Account of plague administration in the Bombay Presidency from September 1896 till May 1897
Year: 1896
Disease focus: Plague
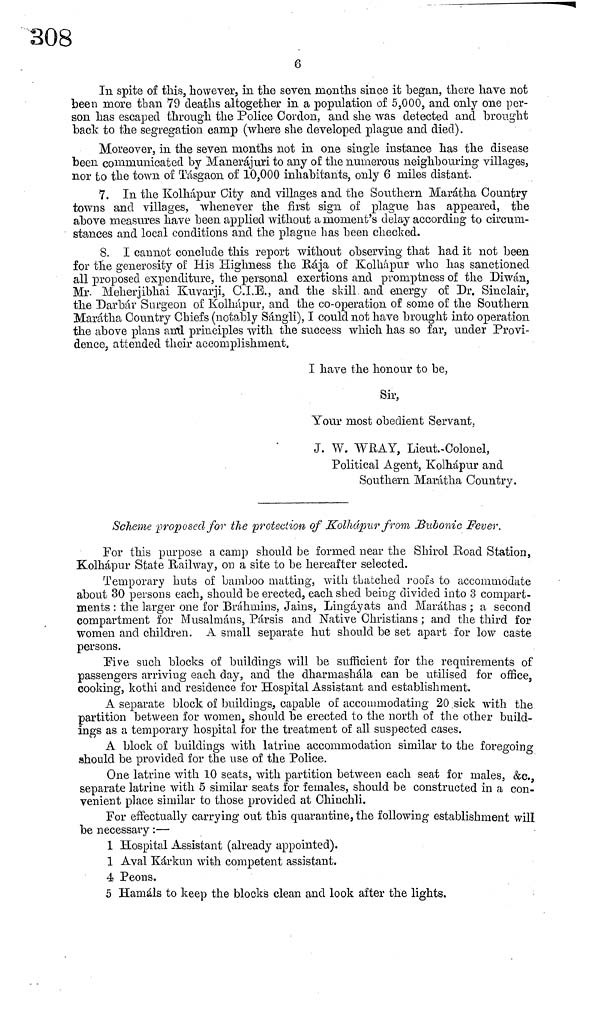
6
In spite of this, however, in the seven months since it began, there have not
been more than 79 deaths altogether in a population of 5,000, and only one per-
son has escaped through the Police Cordon, and she was detected and brought
back to the segregation camp (where she developed plague and died).
Moreover, in the seven months not in one single instance has the disease
been communicated by Manerájuri to any of the numerous neighbouring villages,
nor to the town of Tasgaon of 10,000 inhabitants, only 6 miles distant.
7. In the Kolhápur City and villages and the Southern Maràtha Country
towns and villages, whenever the first sign of plague has appeared, the
above measures have been applied without a moment's delay according to circum-
stances and local conditions and the plague has been checked.
8. I cannot conclude this report without observing that had it not been
for the generosity of His Highness the Raja of Kolhápur who has sanctioned
all proposed expenditure, the personal exertions and promptness of the Diwán,
Mr. Meherjibhai Kuvarji, C.I.E., and the skill and energy of Dr. Sinclair,
the Darbàr Surgeon of Kolhápur, and the co-operation of some of the Southern
Maràtha Country Chiefs (notably Sángli), I could not have brought into operation
the above plans anti principles with the success which has so far, under Provi-
dence, attended their accomplishment.
I have the honour to be,
Sir,
Your most obedient Servant,
J. W. WRAY, Lieut-Colonel,
Political Agent, Kolhápur and
Southern Maràtha Country.
Scheme proposed for the protection of Kolhápur from Bubonic Fever.
For this purpose a camp should be formed near the Shirol Road Station,
Kolhápur State Railway, on a site to be hereafter selected.
Temporary huts of bamboo matting, with thatched roofs to accommodate
about 30 persons each, should be erected, each shed being divided into 3 compart-
ments : the larger one for Bráhmins, Jains, Lingáyats and Maráthas ; a second
compartment for Musalmàns, Pársis and Native Christians ; and the third for
women and children. A small separate hut should be set apart for low caste
persons.
Pive such blocks of buildings will be sufficient for the requirements of
passengers arriving each day, and the dharmashála can be utilised for office,
cooking, kothi and residence for Hospital Assistant and establishment.
A separate block of buildings, capable of accommodating 20 sick with the
partition between for women, should be erected to the north of the other build-
ings as a temporary hospital for the treatment of all suspected cases.
A block of buildings with latrine accommodation similar to the foregoing
should be provided for the use of the Police.
One latrine with 10 seats, with partition between each seat for males, &c.
separate latrine with 5 similar seats for females, should be constructed in a con-
venient place similar to those provided at Chinchli.
For effectually carrying out this quarantine, the following establishment will
be necessary :—
1 Hospital Assistant (already appointed).
1 Aval Kàrkun with competent assistant.
4 Peons.
5 Hamáls to keep the blocks clean and look after the lights.